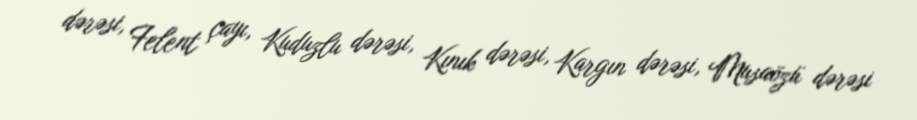
dərəsi, Felent çayı, Kuduzlu dərəsi, Kınık dərəsi, Kargın dərəsi, Musaözü dərəsi